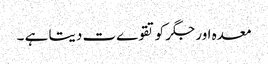
معدہ اور جگر کو تقوےت دیتا ہے ۔